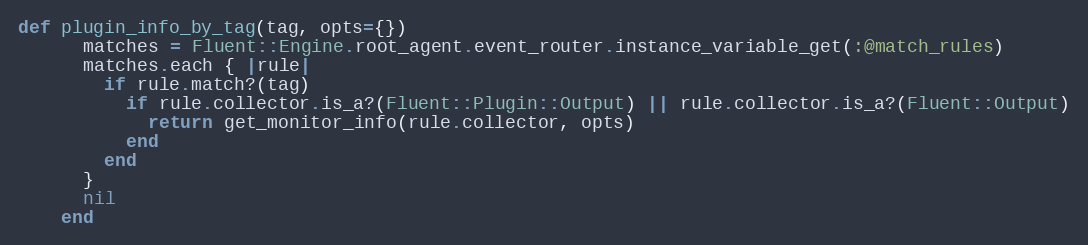
Language: Ruby
def plugin_info_by_tag(tag, opts={})
      matches = Fluent::Engine.root_agent.event_router.instance_variable_get(:@match_rules)
      matches.each { |rule|
        if rule.match?(tag)
          if rule.collector.is_a?(Fluent::Plugin::Output) || rule.collector.is_a?(Fluent::Output)
            return get_monitor_info(rule.collector, opts)
          end
        end
      }
      nil
    end